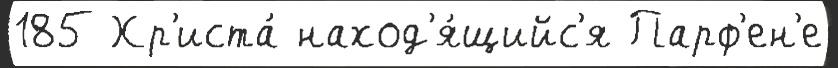
185 Хр'иста́ наход'я́щийс'я Парф'ен'е